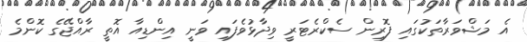
އެ މަޝްވަރާތަކުގައި ފޮރިން ސެކްރެޓަރީ ވިދާޅުވެފައި ވަނީ އިންޑިއާ އޮތީ ރާއްޖޭގެ ކޮންމެ